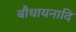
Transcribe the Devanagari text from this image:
बौधायनादि